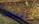
الهتافات